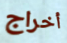
أخراج